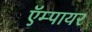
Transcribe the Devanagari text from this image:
ऍम्पायर